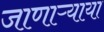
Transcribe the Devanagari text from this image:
जाणाऱ्याया